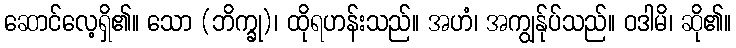
ဆောင်လေ့ရှိ၏။ သော (ဘိက္ခု)၊ ထိုရဟန်းသည်။ အဟံ၊ အကျွန်ုပ်သည်။ ဝဒါမိ၊ ဆို၏။